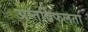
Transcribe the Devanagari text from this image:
अन्तर्विफलता